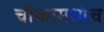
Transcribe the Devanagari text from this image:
चौकामध्येच